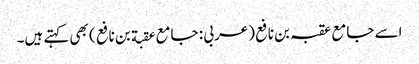
اسے جامع عقبہ بن نافع (عربی : جامع عقبة بن نافع ) بھی کہتے ہیں۔